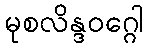
မုစလိန္ဒဝဂ္ဂေါ